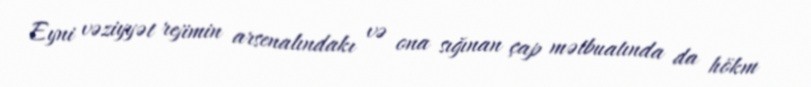
Eyni vəziyyət rejimin arsenalındakı və ona sığınan çap mətbuatında da hökm